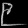
Digit: ၉